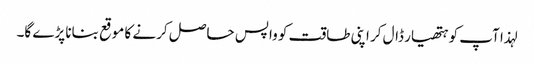
لہذا آپ کو ہتھیار ڈال کر اپنی طاقت کو واپس حاصل کرنے کا موقع بنانا پڑے گا۔